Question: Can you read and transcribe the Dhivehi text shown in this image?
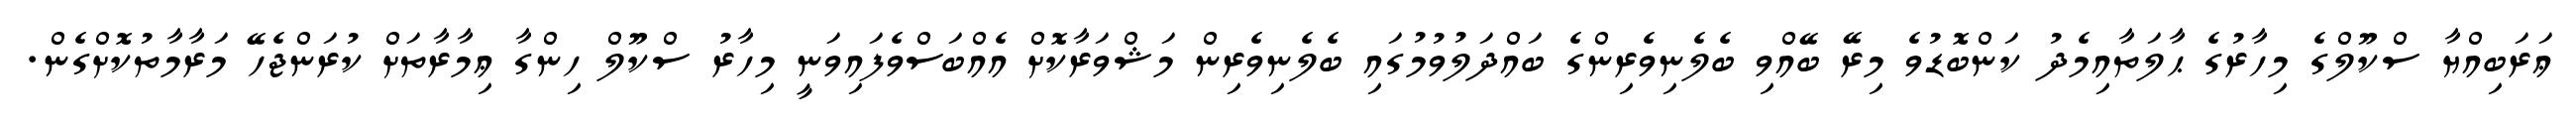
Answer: ޢަރަބިއްޔާ ސްކޫލްގެ މިހާރުގެ ޙާލަތާއިމެދު ކަންބޮޑުވެ މިރޭ ބޭއްވި ބެލެނިވެރިންގެ ބައްދަލުވުމުގައި ބެލެނިވެރިން މަޝްވަރާކޮށް އެއްބަސްވެފައިވަނީ މިހާރު ސްކޫލް ހިންގާ ޢިމާރާތަށް ކުރަންޖެހޭ މަރާމާތުކޮށްގެން.